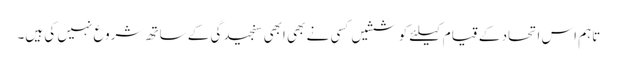
تاہم اس اتحاد کے قیام کیلئے کوششیں کسی نے بھی ابھی سنجیدگی کے ساتھ شروع نہیں کی ہیں۔